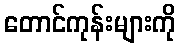
တောင်ကုန်းများကို